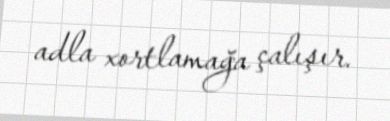
adla xortlamağa çalışır.